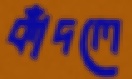
কাঁদলে